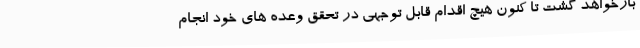
بازخواهد گشت تا کنون هیچ اقدام قابل توجهی در تحقق وعده های خود انجام